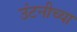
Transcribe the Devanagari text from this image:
उंटनीच्या